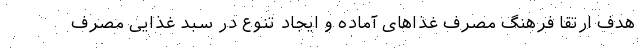
هدف ارتقا فرهنگ مصرف غذاهای آماده و ایجاد تنوع در سبد غذایی مصرف‌